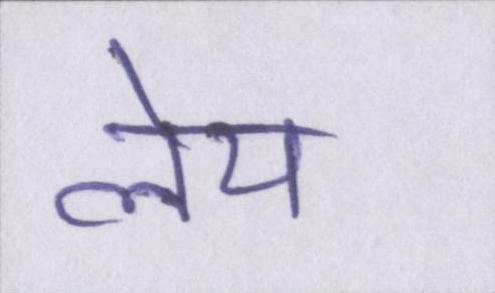
लेय